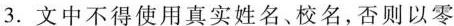
3.文中不得使用真实姓名、校名，否则以零